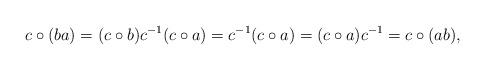
LaTeX: \begin{align*}c\circ (ba)=(c\circ b)c^{-1}(c\circ a)=c^{-1}(c\circ a)=(c\circ a)c^{-1}=c\circ (ab),\end{align*}